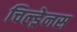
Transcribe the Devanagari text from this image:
चिल्ड्रेनस